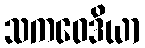
သကဝေဒိယာ